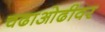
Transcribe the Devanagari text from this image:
चढाओढीवर